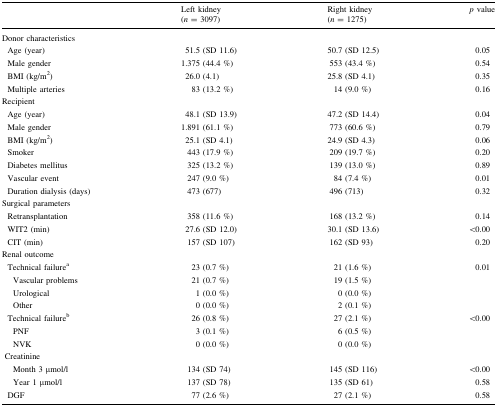
|  | Left kidney(n = 3097) | Right kidney(n = 1275) | p value |
 | --- | --- | --- | --- |
 | <COLSPAN=4> Donor characteristics |
 | Age (year) | 51.5 (SD 11.6) | 50.7 (SD 12.5) | 0.05 |
 | Male gender | 1.375 (44.4 %) | 553 (43.4 %) | 0.54 |
 | BMI (kg/m2) | 26.0 (4.1) | 25.8 (SD 4.1) | 0.35 |
 | Multiple arteries | 83 (13.2 %) | 14 (9.0 %) | 0.16 |
 | <COLSPAN=4> Recipient |
 | Age (year) | 48.1 (SD 13.9) | 47.2 (SD 14.4) | 0.04 |
 | Male gender | 1.891 (61.1 %) | 773 (60.6 %) | 0.79 |
 | BMI (kg/m2) | 25.1 (SD 4.1) | 24.9 (SD 4.3) | 0.06 |
 | Smoker | 443 (17.9 %) | 209 (19.7 %) | 0.20 |
 | Diabetes mellitus | 325 (13.2 %) | 139 (13.0 %) | 0.89 |
 | Vascular event | 247 (9.0 %) | 84 (7.4 %) | 0.01 |
 | Duration dialysis (days) | 473 (677) | 496 (713) | 0.32 |
 | <COLSPAN=4> Surgical parameters |
 | Retransplantation | 358 (11.6 %) | 168 (13.2 %) | 0.14 |
 | WIT2 (min) | 27.6 (SD 12.0) | 30.1 (SD 13.6) | <0.00 |
 | CIT (min) | 157 (SD 107) | 162 (SD 93) | 0.20 |
 | <COLSPAN=4> Renal outcome |
 | Technical failurea | 23 (0.7 %) | 21 (1.6 %) | 0.01 |
 | Vascular problems | 21 (0.7 %) | 19 (1.5 %) |  |
 | Urological | 1 (0.0 %) | 0 (0.0 %) |  |
 | Other | 0 (0.0 %) | 2 (0.1 %) |  |
 | Technical failureb | 26 (0.8 %) | 27 (2.1 %) | <0.00 |
 | PNF | 3 (0.1 %) | 6 (0.5 %) |  |
 | NVK | 0 (0.0 %) | 0 (0.0 %) |  |
 | <COLSPAN=4> Creatinine |
 | Month 3 μmol/l | 134 (SD 74) | 145 (SD 116) | <0.00 |
 | Year 1 μmol/l | 137 (SD 78) | 135 (SD 61) | 0.58 |
 | DGF | 77 (2.6 %) | 27 (2.1 %) | 0.58 |